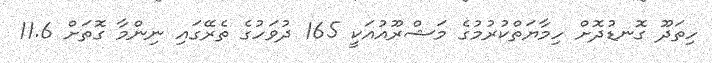
ހިތަދޫ ގޮނޑުދޮށް ހިމާޔަތްކުރުމުގެ މަޝްރޫއުއަކީ 165 ދުވަހުގެ ތެރޭގައި ނިންމާ ގޮތަށް 11.6